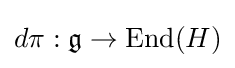
d\pi :{\mathfrak {g}}\rightarrow \mathrm {End} (H)